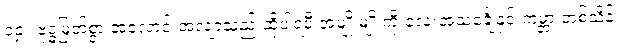
၁၄။ ဗုဒ္ဓမြတ်စွာ အလောင်းအလျာသည် ထိုပါရမီ အမျိုးမျိုးကို လေးအသင်္ချေနှင့် ကမ္ဘာ တစ်သိန်း